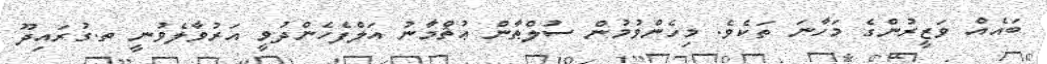
ބައެއް ވަޒީރުންގެ މަހާނަ ތަކެވެ. މިހެންވުމުން ސުލްޠާން ޢުޘްމާނު އަލްފެހެންދުވީ އަރުވާލެވުނީ ތ.ގުރައިދޫ